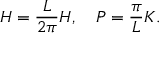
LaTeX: H = \frac { L } { 2 \pi } { \cal H } , \quad P = \frac { \pi } { L } { \cal K } .